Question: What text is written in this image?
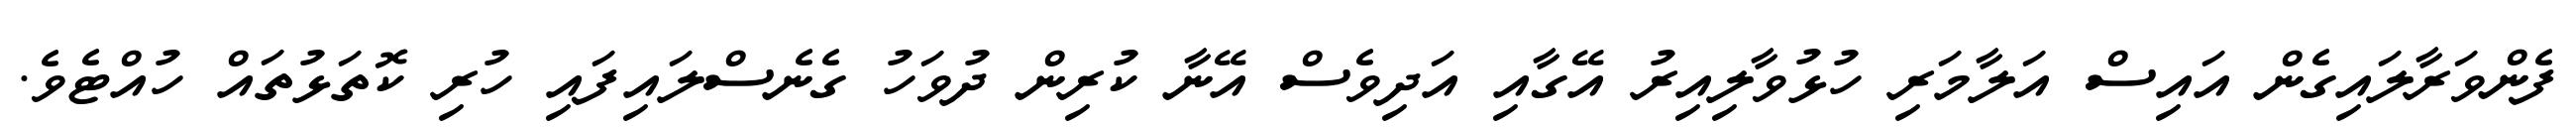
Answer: ފެންވަރާލައިގެން އައިސް އަލާމަރި ހުޅުވާލިއިރު އޭގާއި އަދިވެސް އޭނާ ކުރިން ދުވަހު ގެނެސްލައިފައި ހުރި ކޮތަޅުތައް ހުއްޓެވެ.